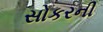
સોકરની